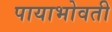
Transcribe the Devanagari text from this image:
पायाभोवती